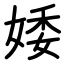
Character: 婑